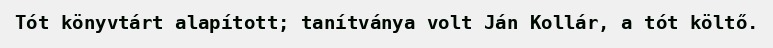
Tót könyvtárt alapított; tanítványa volt Ján Kollár, a tót költő.